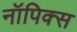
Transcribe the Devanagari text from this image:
नॉपिक्स